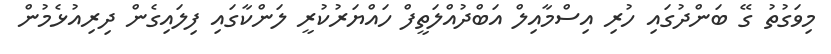
މިވަގުތު ގޭ ބަންދުގައި ހުރި އިސްމާއިލް އަބްދުއްލަތީފް ހައްޔަރުކުރީ ލަންކާގައި ފިލައިގެން ދިރިއުޅެމުން